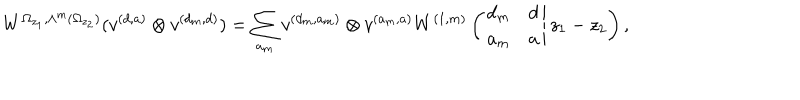
W ^ { \Omega _ { z _ { 1 } } , \wedge ^ { m } ( \Omega _ { z _ { 2 } } ) } ( v ^ { ( d , a ) } \otimes v ^ { ( d _ { m } , d ) } ) = \sum _ { a _ { m } } v ^ { ( d _ { m } , a _ { m } ) } \otimes v ^ { ( a _ { m } , a ) } W ^ { ( 1 , m ) } \left( \left. \begin{array} { c c } { { d _ { m } } } & { { d } } \\ { { a _ { m } } } & { { a } } \\ \end{array} \right| z _ { 1 } - z _ { 2 } \right) ,